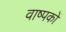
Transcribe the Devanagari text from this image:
वाष्पकों